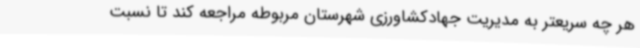
هر چه سریعتر به مدیریت جهادکشاورزی شهرستان مربوطه مراجعه کند تا نسبت